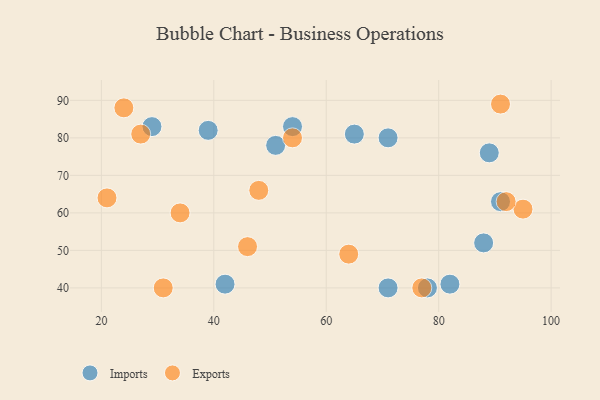
{"axis": {"x": "GDP", "y": "Life Expectancy"}, "legend": ["Exports", "Imports"], "data": [{"x": "82", "y": 41, "type": "Imports"}, {"x": "42", "y": 41, "type": "Imports"}, {"x": "51", "y": 78, "type": "Imports"}, {"x": "91", "y": 63, "type": "Imports"}, {"x": "78", "y": 40, "type": "Imports"}, {"x": "54", "y": 83, "type": "Imports"}, {"x": "29", "y": 83, "type": "Imports"}, {"x": "71", "y": 80, "type": "Imports"}, {"x": "89", "y": 76, "type": "Imports"}, {"x": "71", "y": 40, "type": "Imports"}, {"x": "88", "y": 52, "type": "Imports"}, {"x": "39", "y": 82, "type": "Imports"}, {"x": "65", "y": 81, "type": "Imports"}, {"x": "54", "y": 80, "type": "Exports"}, {"x": "64", "y": 49, "type": "Exports"}, {"x": "91", "y": 89, "type": "Exports"}, {"x": "77", "y": 40, "type": "Exports"}, {"x": "48", "y": 66, "type": "Exports"}, {"x": "34", "y": 60, "type": "Exports"}, {"x": "95", "y": 61, "type": "Exports"}, {"x": "27", "y": 81, "type": "Exports"}, {"x": "31", "y": 40, "type": "Exports"}, {"x": "24", "y": 88, "type": "Exports"}, {"x": "92", "y": 63, "type": "Exports"}, {"x": "46", "y": 51, "type": "Exports"}, {"x": "21", "y": 64, "type": "Exports"}]}